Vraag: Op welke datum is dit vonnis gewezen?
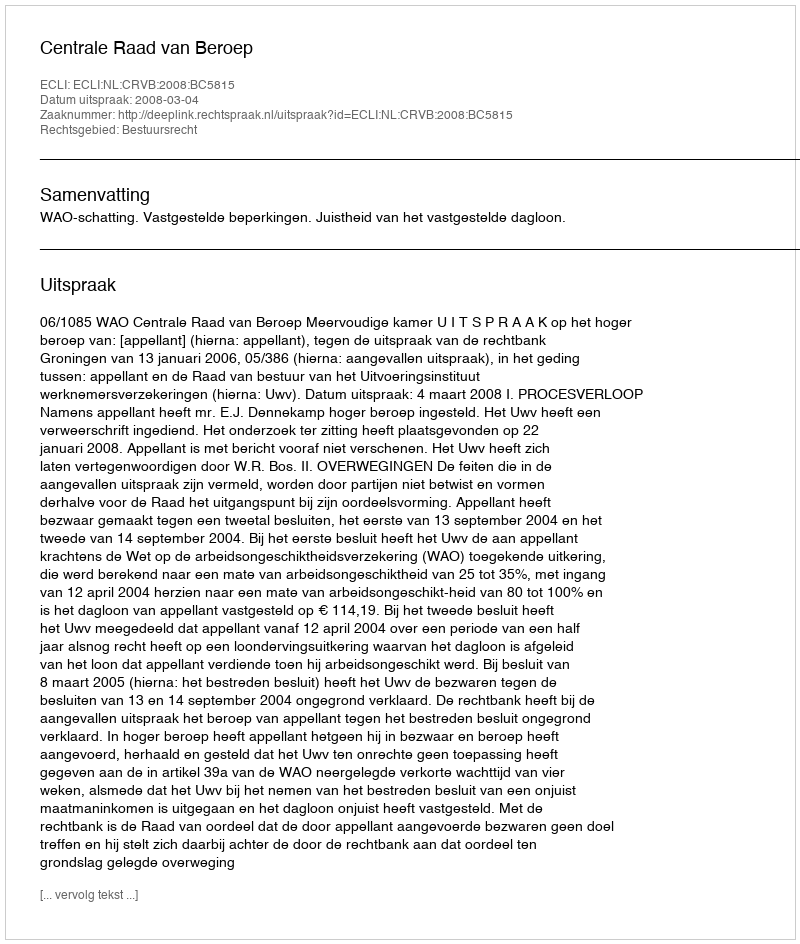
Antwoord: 2008-03-04